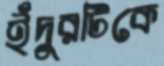
ইঁদুরটিকে